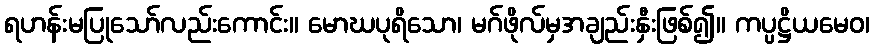
ရဟန်းမပြုသော်လည်းကောင်း။ မောဃပုရိသော၊ မဂ်ဖိုလ်မှအချည်းနှီးဖြစ်၍။ ကပ္ပဋ္ဌိယမေဝ၊